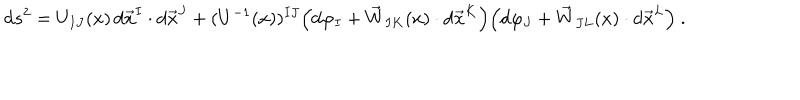
\mathrm { d } s ^ { 2 } = U _ { I J } ( x ) \, \mathrm { d } \vec { x } ^ { I } \cdot \mathrm { d } \vec { x } ^ { J } + ( U ^ { - 1 } ( x ) ) ^ { I J } \Big ( \mathrm { d } \varphi _ { I } + \vec { W } _ { I K } ( x ) \cdot \mathrm { d } \vec { x } ^ { K } \Big ) \Big ( \mathrm { d } \varphi _ { J } + \vec { W } _ { J L } ( x ) \cdot \mathrm { d } \vec { x } ^ { L } \Big ) \ .